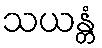
သယန္တံ